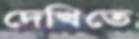
দেখিতে